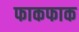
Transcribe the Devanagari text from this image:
फाकफाक